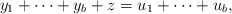
\begin{align*} y_1+\cdots+y_b+z=u_1+\cdots+u_b, \end{align*}